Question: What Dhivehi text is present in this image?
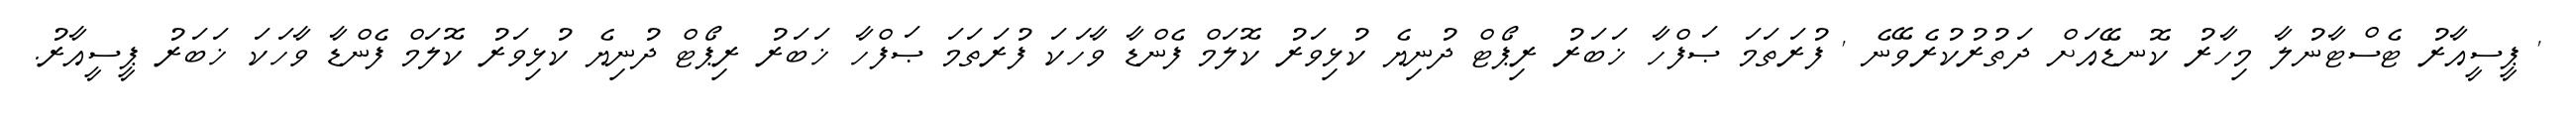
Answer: ' ޕީސީއާރު ޓެސްޓާނުލާ މިހާރު ކޮނޑޭއަށް ދަތުރުކުރެވޭނެ ' ފުރަތަމަ ޞަފްހާ ޚަބަރު ރިޕޯޓް ދުނިޔެ ކުޅިވަރު ކޮލަމް ފެންޑާ ވާހަކަ ފުރަތަމަ ޞަފްހާ ޚަބަރު ރިޕޯޓް ދުނިޔެ ކުޅިވަރު ކޮލަމް ފެންޑާ ވާހަކަ ޚަބަރު ޕީސީއާރު.